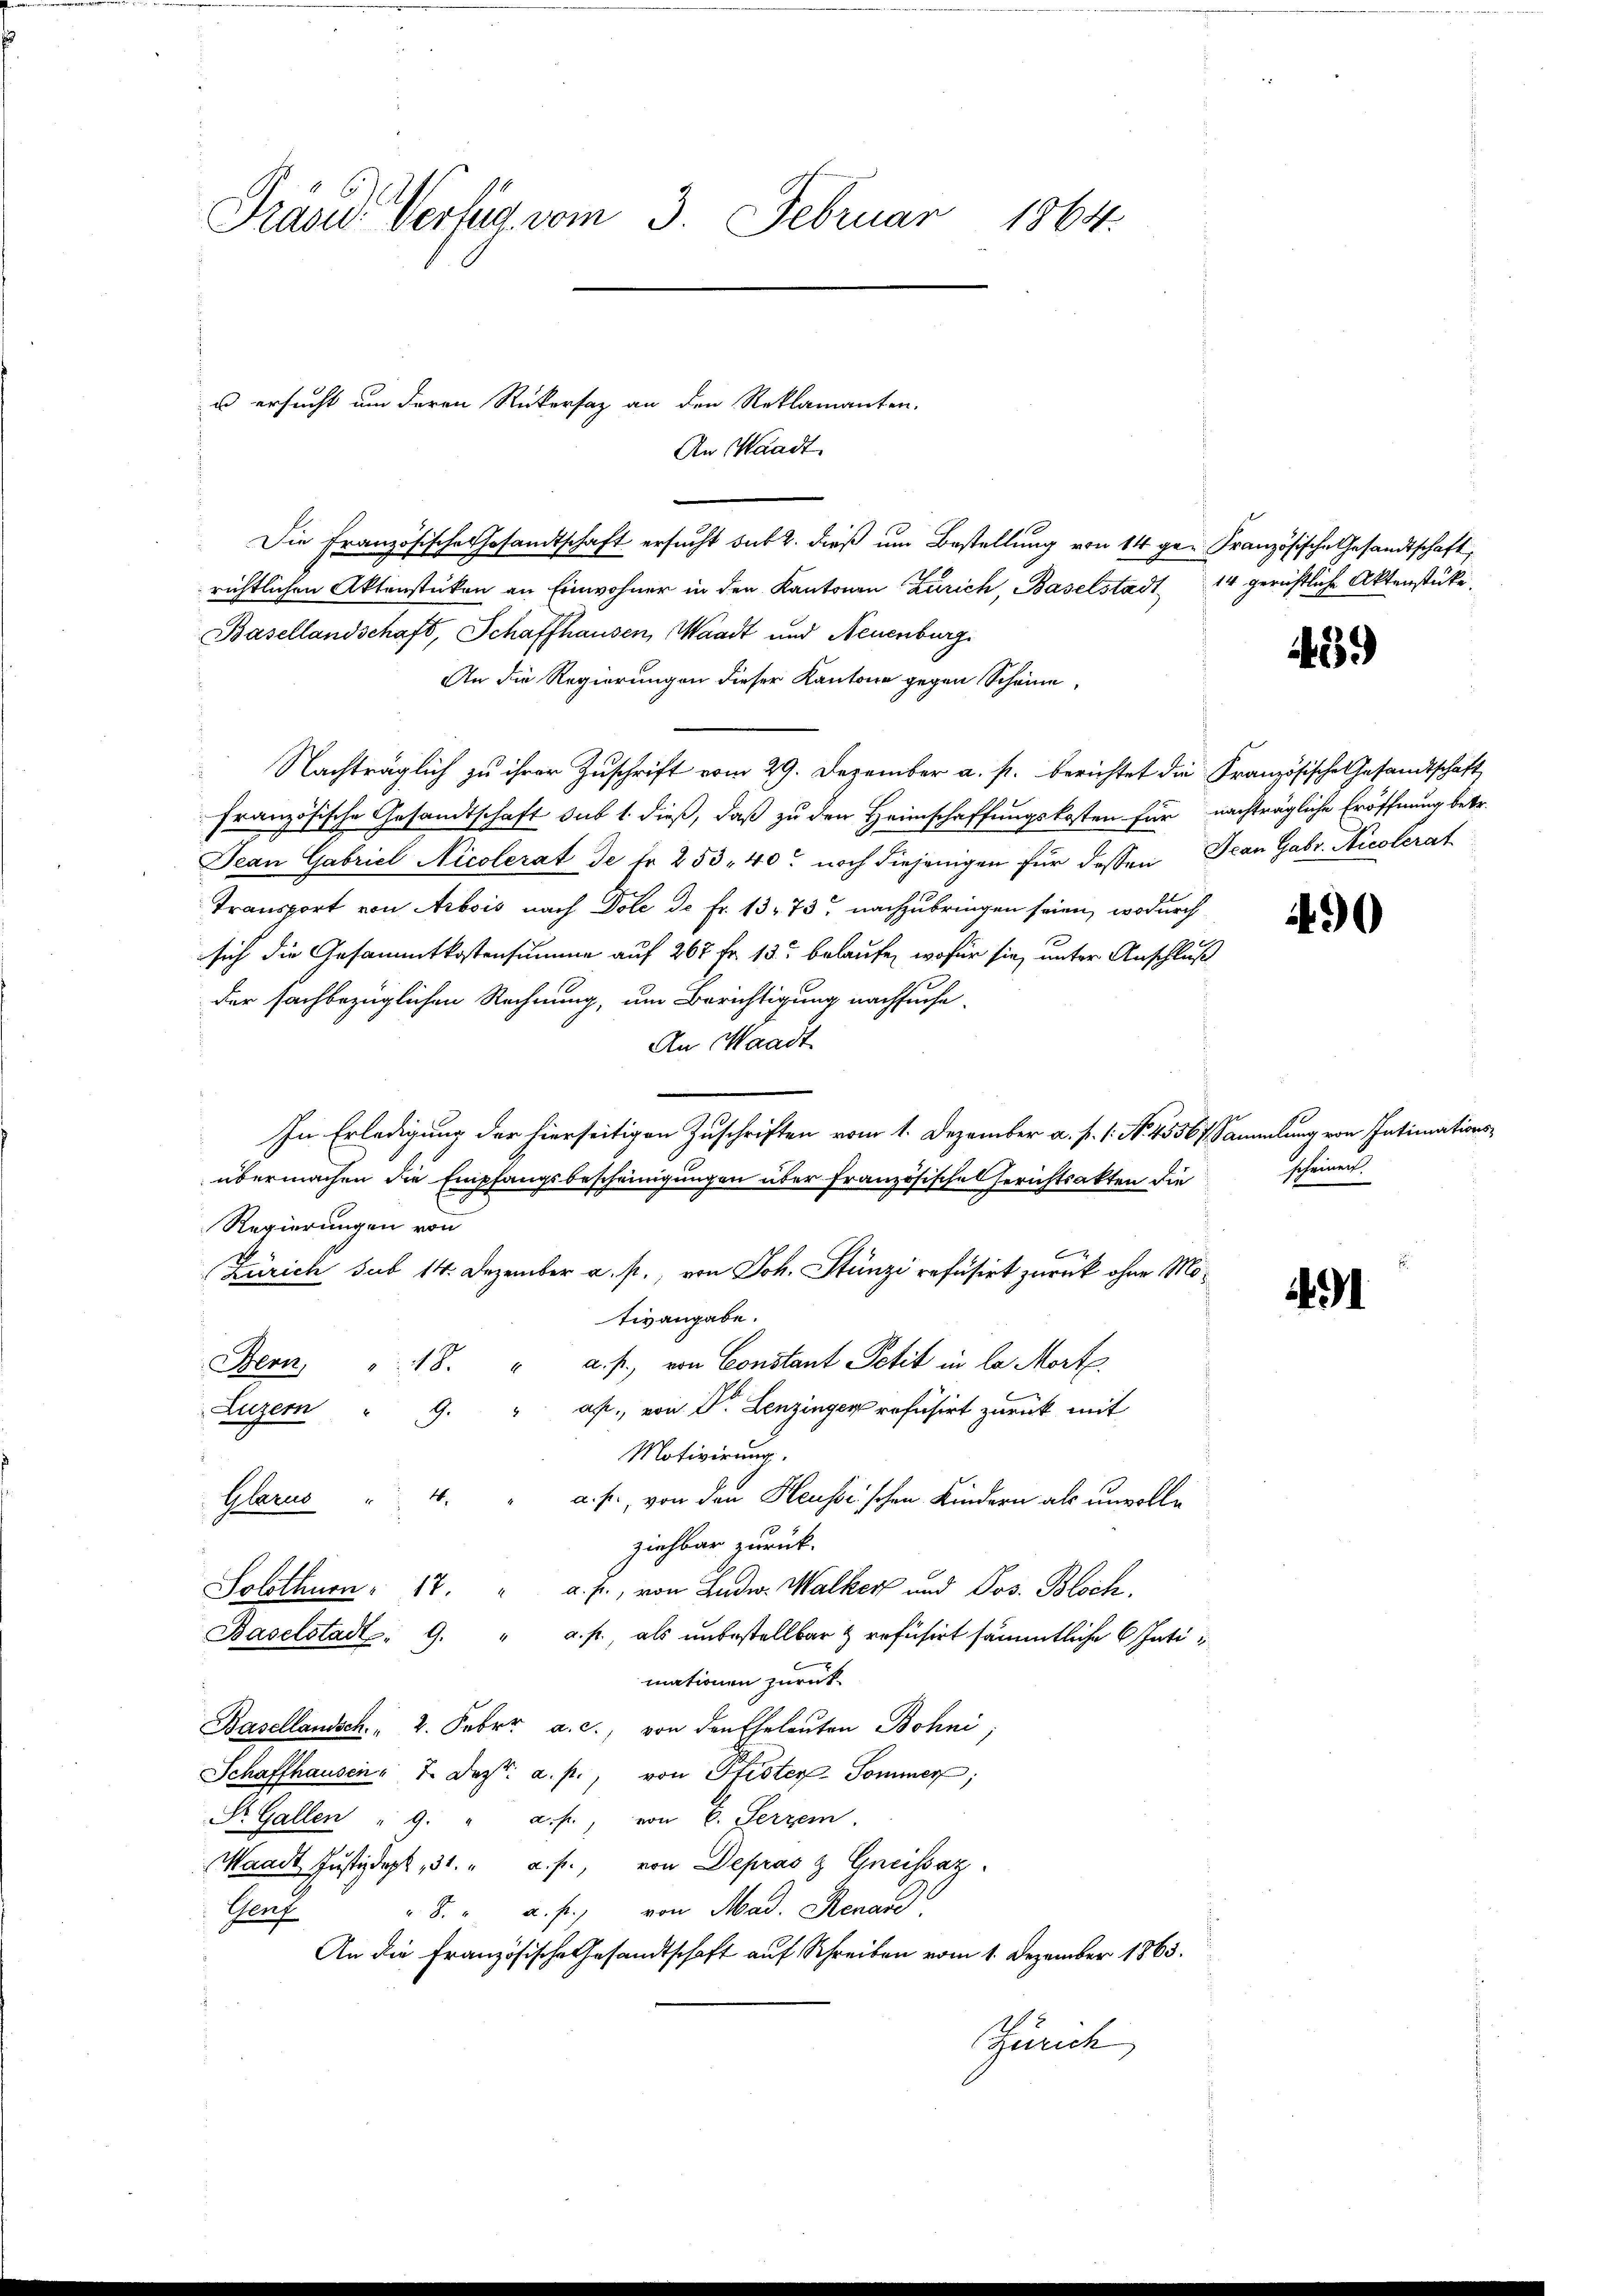
Präsid. Verfug vom 3. Februar 1864.

Die Französische Gesandtschaft ersucht sub 2. dieß um Bestellung von 14 ge- Französische Gesandtschaft,
richtlichen Aktenstücken an Einwohner in den Kantonen Zürich, Baselstadt 14 gerichtliche Aktenstücke,
Basellandschaft, Schaffhausen, Waadt und Neuenburg.
An die Regierungen dieser Kantone gegen Scheine
 Nachträglich zu ihrer Zuschrift vom 29. Dezember a. p. berichtet die Französische Gesandtschäft
Französische Gesandtschaft sub 1. dieß, daß zu den Heimschaffungskosten für nachträgliche Eröffnung betr.
Jean Gabriel Nicolerat de fr. 253. 40. noch diejenigen für dessen Jean Gabr. Nicolerat
Transport von Arbois nach Dole de Fr. 13. 73 nachzubringen seien, wodurch
sich die Gesammtkostensumme auf 267 fr. 13t belaufe, wofür sie, unter Anschluß
der fachbezüglichen Rechnung, um Berichtigung nachsuche.
An Waadt
In Erledigung der hierseitigen Zuschriften vom 1. Dezember a. p. 1. No. 45567 Sammlung von Intimationsübermachen die Empfangsbescheinigungen über französisches Gerichtsakten die scheinen.
Regierungen von
Zürich sub 14. Dezember a. p., von Joh. Stünzi refusirt zurück ohne Mo¬
91
tivangabe.
Bern " 18. " a. p., von Constant Petit in la Mort
Luzern " 9. " af., von Dr. Lenzinger refusirt zurück mit
Motivirung.
Glarus " 4. " a. p., von den Heussischen Kindern als unvolle
ziehbar zurück.
Solothurn 17. " a. f., von Ludw. Walker und Jos. Bloch.
Baselstadt. 9. " a. f., als unbestellbar & refusirt sämmtliche Inti
mationen zurück-
Basellandsch. 2. Feber a. c., von den Eheleuten Bohni;
Schaffhausen " 7. Dez. a. p., von Pfister Sommer;
St. Gallen " 9 " a. f., von 6. Serzem
Waadt Justizdept, 31. " a. f., von Depras & Greissaz
8. " a. p., von Mad. Renand
Genf
An die Französische Gesandtschaft auf Schreiben vom 1. Dezember 1863.
Zürich

u ersucht um deren Rükersaz an den Reklamanten.
An Waadt

439

490